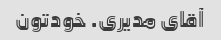
آقای مدیری. خودتون